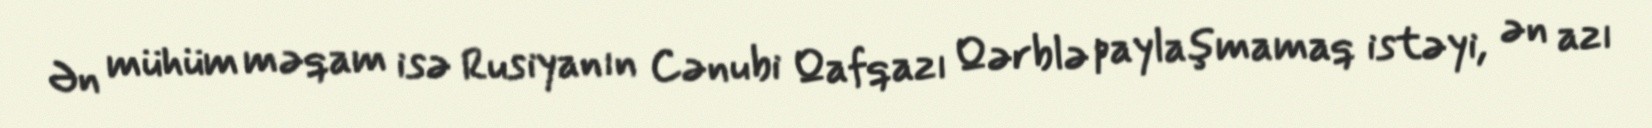
Ən mühüm məqam isə Rusiyanın Cənubi Qafqazı Qərblə paylaşmamaq istəyi, ən azı